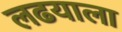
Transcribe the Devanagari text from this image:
लढयाला